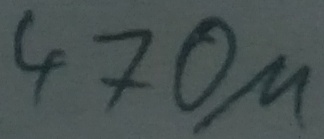
Text: 470µ